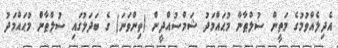
އެދިލެއްވުމުގެ މަތީން ސުލްޠާން މުޙައްމަދު ޝަމްސުއްދީން (ތިންވަނަ) ގެ ބަދަލުގައި ސުލްޠާން މުޙައްމަދު